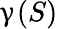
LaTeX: \upgamma(S)